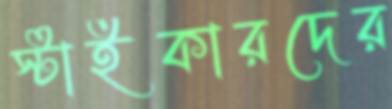
স্টাইকারদের